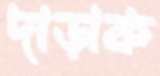
দাড়াক